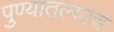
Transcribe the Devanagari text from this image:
पुण्यातल्याच